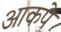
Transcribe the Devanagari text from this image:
आकपे